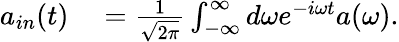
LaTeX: \begin{array}{rl}{a_{in}(t)}&{{}=\frac{1}{\sqrt{2\pi}}\int_{-\infty}^{\infty}d\omega e^{-i\omega t}a(\omega).}\end{array}